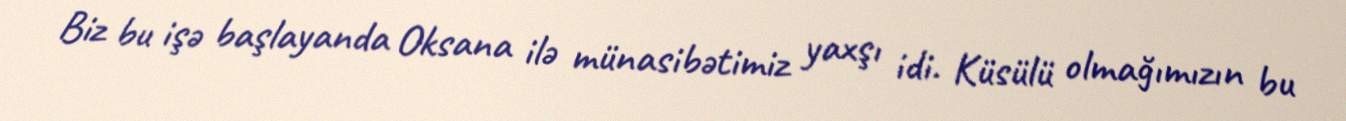
Biz bu işə başlayanda Oksana ilə münasibətimiz yaxşı idi. Küsülü olmağımızın bu